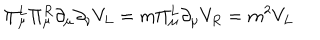
\Pi _ { \mu } ^ { L } \Pi _ { \mu } ^ { R } \partial _ { \mu } \partial _ { \nu } V _ { L } = m \Pi _ { \mu } ^ { L } \partial _ { \mu } V _ { R } = m ^ { 2 } V _ { L }